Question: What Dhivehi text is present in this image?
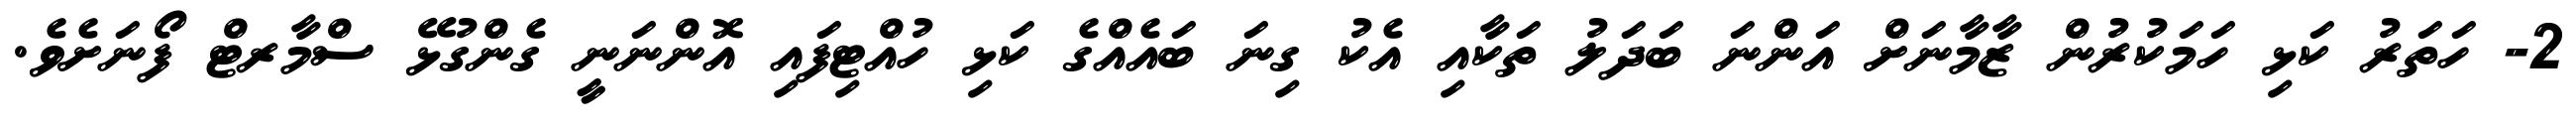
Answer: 2- ހަތަރު ކަޅި ހަމަކުރުން ޒާމާނަށް އަންނަ ބަދަލު ތަކާއި އެކު ގިނަ ބައެއްގެ ކަޅި ހުއްޓިފައި އޮންނަނީ ގެންގުޅޭ ސްމާރޓް ފޯނަށެވެ.